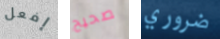
إفعل صحيح ضروري